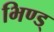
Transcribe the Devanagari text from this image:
भिण्ड्